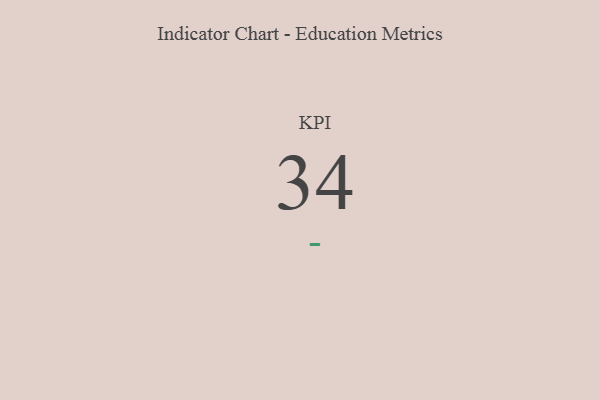
{"axis": {"x": "KPI", "y": "Value"}, "legend": [""], "data": [{"x": "KPI", "y": 34, "type": ""}]}